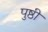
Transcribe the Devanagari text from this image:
पुष्ठी